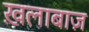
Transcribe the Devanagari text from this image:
ख़लाबाज़